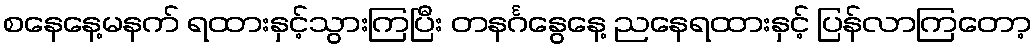
စနေနေ့မနက် ရထားနှင့်သွားကြပြီး တနင်္ဂနွေနေ့ ညနေရထားနှင့် ပြန်လာကြတော့